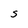
Character: C